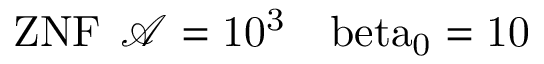
\mathrm { { Z N F } \: \: \mathcal { A } = 1 0 ^ { 3 } \: \: \: \ b e t a _ { 0 } = 1 0 }